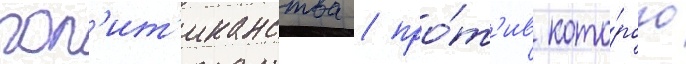
пол'ит'иканства / про́т'ив кото́рого